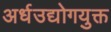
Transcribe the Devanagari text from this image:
अर्धउद्योगयुक्त